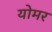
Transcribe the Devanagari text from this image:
योमर